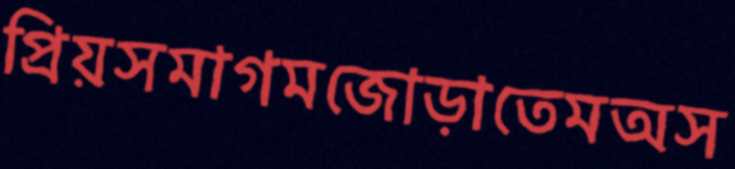
প্রিয়সমাগমজোড়াতেমঅস